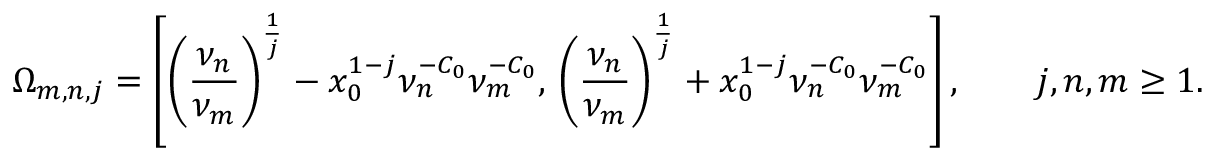
\Omega _ { m , n , j } = \left[ \left( \frac { \nu _ { n } } { \nu _ { m } } \right) ^ { \frac { 1 } { j } } - x _ { 0 } ^ { 1 - j } \nu _ { n } ^ { - C _ { 0 } } \nu _ { m } ^ { - C _ { 0 } } , \, \left( \frac { \nu _ { n } } { \nu _ { m } } \right) ^ { \frac { 1 } { j } } + x _ { 0 } ^ { 1 - j } \nu _ { n } ^ { - C _ { 0 } } \nu _ { m } ^ { - C _ { 0 } } \right] , \qquad j , n , m \geq 1 .